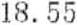
18.55